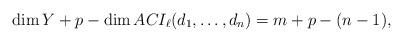
LaTeX: \begin{align*}\dim Y + p - \dim ACI_{\ell } (d_1, \dots,d_n) = m + p - (n-1),\end{align*}